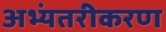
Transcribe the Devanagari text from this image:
अभ्यंतरीकरण